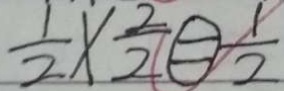
\frac { 1 } { 2 } \times \frac { 2 } { 2 } \textcircled { = } \frac { 1 } { 2 }